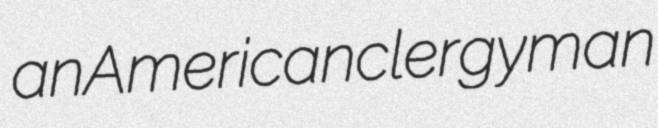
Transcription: an American clergyman